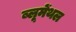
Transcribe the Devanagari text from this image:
ब्लूमेंथल